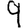
Digit: 9